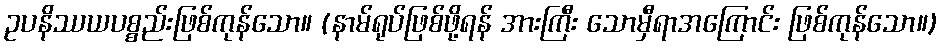
ဥပနိဿယပစ္စည်းဖြစ်ကုန်သော။ (နာမ်ရုပ်ဖြစ်ဖို့ရန် အားကြီး သောမှီရာအကြောင်း ဖြစ်ကုန်သော။)